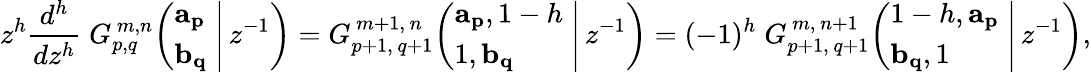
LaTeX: z^{h}{\frac{d^{h}}{dz^{h}}}\; G_{p,q}^{\, m,n}\! \left(\left.{\begin{array}{l}{\mathbf{a_{p}}}\\ {\mathbf{b_{q}}}\end{array}}\; \right|\, z^{-1}\right)=G_{p+1,\, q+1}^{\, m+1,\, n}\! \left(\left.{\begin{array}{l}{\mathbf{a_{p}},1-h}\\ {1,\mathbf{b_{q}}}\end{array}}\; \right|\, z^{-1}\right)=(-1)^{h}\; G_{p+1,\, q+1}^{\, m,\, n+1}\! \left(\left.{\begin{array}{l}{1-h,\mathbf{a_{p}}}\\ {\mathbf{b_{q}},1}\end{array}}\; \right|\, z^{-1}\right),